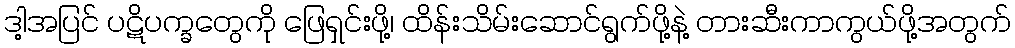
ဒါ့အပြင် ပဋိပက္ခတွေကို ဖြေရှင်းဖို့၊ ထိန်းသိမ်းဆောင်ရွက်ဖို့နဲ့ တားဆီးကာကွယ်ဖို့အတွက်